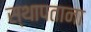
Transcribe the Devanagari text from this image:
स्थापताना